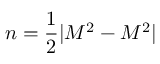
n = { \frac { 1 } { 2 } } | M ^ { 2 } - M ^ { 2 } |